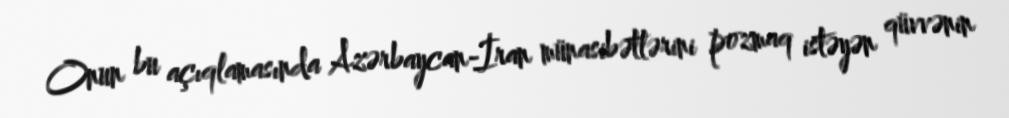
Onun bu açıqlamasında Azərbaycan-İran münasibətlərini pozmaq istəyən qüvvənin